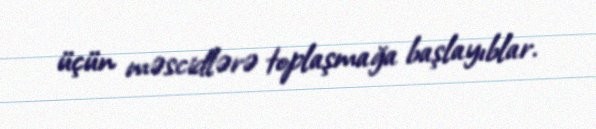
üçün məscidlərə toplaşmağa başlayıblar.